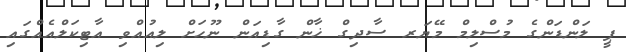
ޕީ ލަންޑަންގެ މުސްލިމް މޭޔަރ ސާދިގް ޚާން ގާޑިއަން ނޫހަށް ލިއުއްވި އާޓިކަލްއެއްގައި